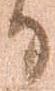
日